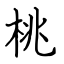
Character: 桃